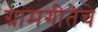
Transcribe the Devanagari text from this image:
ग्रामगीतेचे